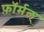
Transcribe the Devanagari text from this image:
फ़ॉर्मल्